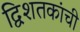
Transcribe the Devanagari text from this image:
द्विशतकांची